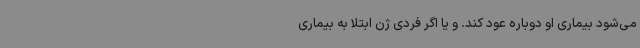
می‌شود بیماری او دوباره عود کند. و یا اگر فردی ژن ابتلا به بیماری